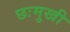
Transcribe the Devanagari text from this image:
छःमुखी